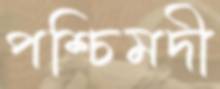
পশ্চিমদী